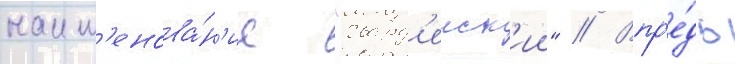
наим'енова́н'ие "гвард'еиск'ии" // Впр'е́дь